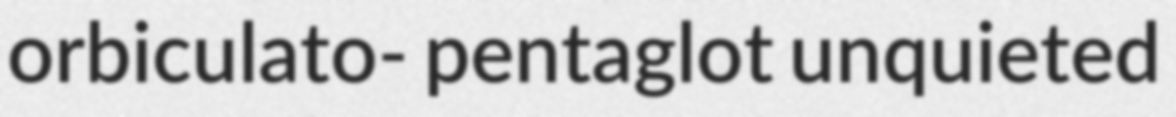
orbiculato- pentaglot unquieted